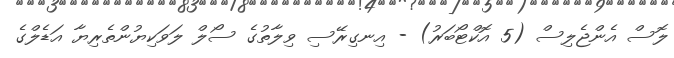
ލޮސް އެންޖެލިސް (5 އޮކްޓޯބަރު) - އިނގިރޭސި ވިލާތުގެ ސޯލް ލަވަކިޔުންތެރިޔާ އަޑެލްގެ